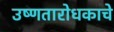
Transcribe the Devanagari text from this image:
उष्णतारोधकाचे